Annual report on the working of the lock hospitals in the North-Western Provinces and Oudh
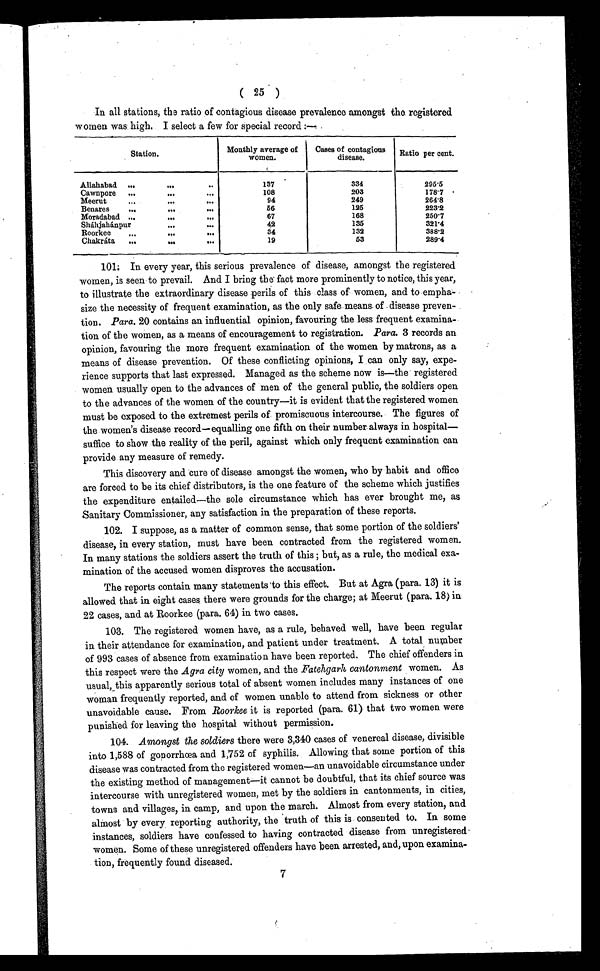
( 25 )
In all stations, the ratio of contagious disease prevalence amongst the registered
women was high. I select a few for special record:-
Station.
Monthly average of
women.
Cases of contagious
disease.
Ratio per cent.
Allahabad ...
...
. . .
137
334
295.5
Cawnpore ...
...
. . .
108
203
178.7
Meerut
...
...
...
94
249
264.8
Benares
...
...
...
56
125
223.2
Moradabad ...
...
...
67
168
250.7
Sháhjahánpur
...
...
42
135
321.4
Roorkee
...
...
...
34
132
388.2
Chakráta ...
...
...
19
53
289.4
101. In every year, this serious prevalence of disease, amongst the registered
women, is seen to prevail. And I bring the fact more prominently to notice, this year,
to illustrate the extraordinary disease perils of this class of women, and to empha-
size the necessity of frequent examination, as the only safe means of disease preven-
tion. Para. 20 contains an influential opinion, favouring the less frequent examina-
tion of the women, as a means of encouragement to registration. Para. 3 records an
opinion, favouring the more frequent examination of the women by matrons, as a
means of disease prevention. Of these conflicting opinions, I can only say, expe-
rience supports that last expressed. Managed as the scheme now is—the registered
women usually open to the advances of men of the general public, the soldiers open
to the advances of the women of the country—it is evident that the registered women
must be exposed to the extremest perils of promiscuous intercourse. The figures of
the women's disease record—equalling one fifth on their number always in hospital—
suffice to show the reality of the peril, against which only frequent examination can
provide any measure of remedy.
This discovery and cure of disease amongst the women, who by habit and office
are forced to be its chief distributors, is the one feature of the scheme which justifies
the expenditure entailed—the sole circumstance which has ever brought me, as
Sanitary Commissioner, any satisfaction in the preparation of these reports.
102. I suppose, as a matter of common sense, that some portion of the soldiers'
disease, in every station, must have been contracted from the registered women.
In many stations the soldiers assert the truth of this ; but, as a rule, the medical exa-
mination of the accused women disproves the accusation.
The reports contain many statements to this effect. But at Agra (para. 13) it is
allowed that in eight cases there were grounds for the charge; at Meerut (para. 18) in
22 cases, and at Roorkee (para. 64) in two cases.
103. The registered women have, as a rule, behaved well, have been regular
in their attendance for examination, and patient under treatment. A total number
of 993 cases of absence from examination have been reported. The chief offenders in
this respect were the Agra city women, and the Fatehgarh, cantonment women. As
usual, this apparently serious total of absent women includes many instances of one
woman frequently reported, and of women unable to attend from sickness or other
unavoidable cause. From Roorkee it is reported (para. 61) that two women were
punished for leaving the hospital without permission.
104. Amongst the soldiers there were 3,340 cases of venereal disease, divisible
into 1,588 of gonorrhœa and 1,752 of syphilis. Allowing that some portion of this
disease was contracted from the registered women—an unavoidable circumstance under
the existing method of management—it cannot be doubtful, that its chief source was
intercourse with unregistered women, met by the soldiers in cantonments, in cities,
towns and villages, in camp, and upon the march. Almost from every station, and
almost by every reporting authority, the truth of this is consented to. In some
instances, soldiers have confessed to having contracted disease from unregistered
women. Some of these unregistered offenders have been arrested, and, upon examina-
tion, frequently found diseased.
7
7